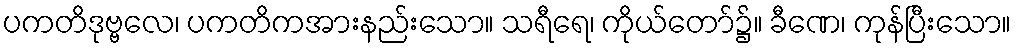
ပကတိဒုဗ္ဗလေ၊ ပကတိကအားနည်းသော။ သရီရေ၊ ကိုယ်တော်၌။ ခီဏေ၊ ကုန်ပြီးသော။